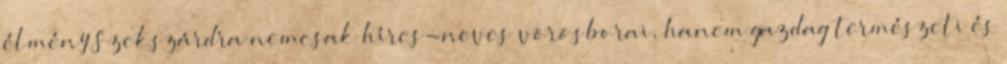
élmény Szekszárdra nemcsak híres-neves vörösborai, hanem gazdag természeti és